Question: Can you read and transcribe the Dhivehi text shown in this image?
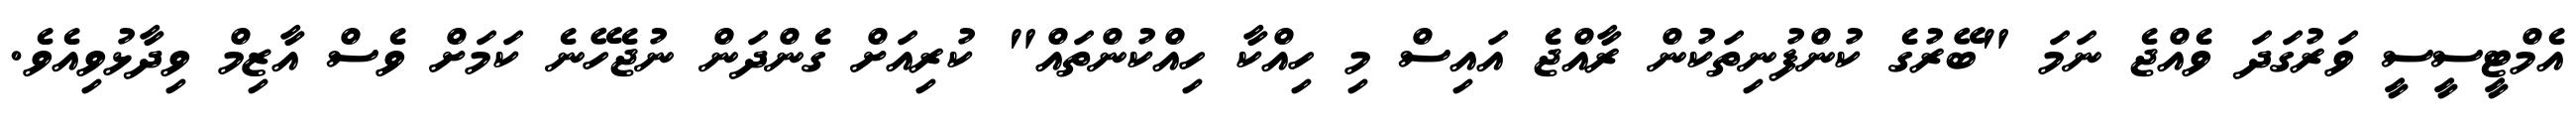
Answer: އެމްޓީސީސީ ވަރުގަދަ ވެއްޖެ ނަމަ "ބޭރުގެ ކުންފުނިތަކުން ރާއްޖެ އައިސް މި ހިއްކާ ހިއްކުންތައް" ކުރިއަށް ގެންދަން ނުޖެހޭނެ ކަމަށް ވެސް އާޒިމް ވިދާޅުވިއެވެ.